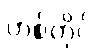
ဟစ်တိုင်